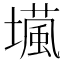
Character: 𡑵